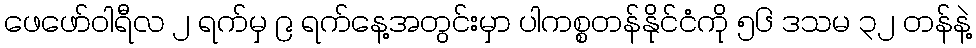
ဖေဖော်ဝါရီလ ၂ ရက်မှ ၉ ရက်နေ့အတွင်းမှာ ပါကစ္စတန်နိုင်ငံကို ၅၆ ဒသမ ၃၂ တန်နဲ့